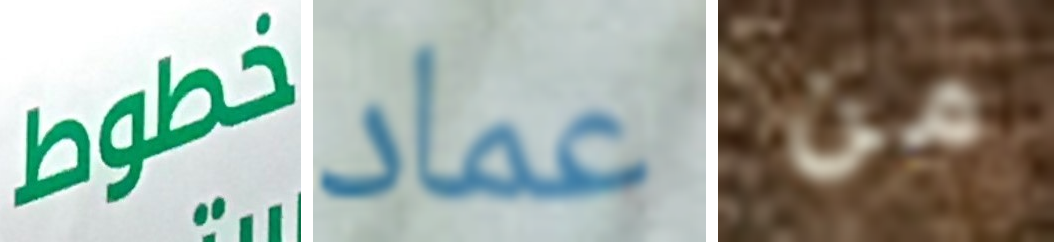
خطوط عماد من